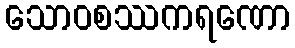
သောဝစဿကရဏော